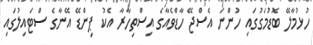
ހުޅުމާލޭ ބޮޑުމަގުގައި ހުންނަ އެސްޖޭ ހާޑްވެއާގެ އިސްތިހާރާ އެކު ޕިންޑޭ އޭނާގެ ސްޓައިލުގައި